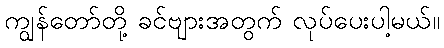
ကျွန်တော်တို့ ခင်ဗျားအတွက် လုပ်ပေးပါ့မယ်။